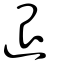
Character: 退